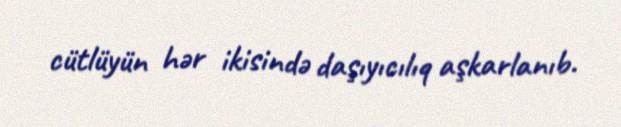
cütlüyün hər ikisində daşıyıcılıq aşkarlanıb.